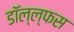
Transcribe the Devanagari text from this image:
डॉल्ल्फस